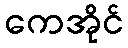
ကေအိုင်